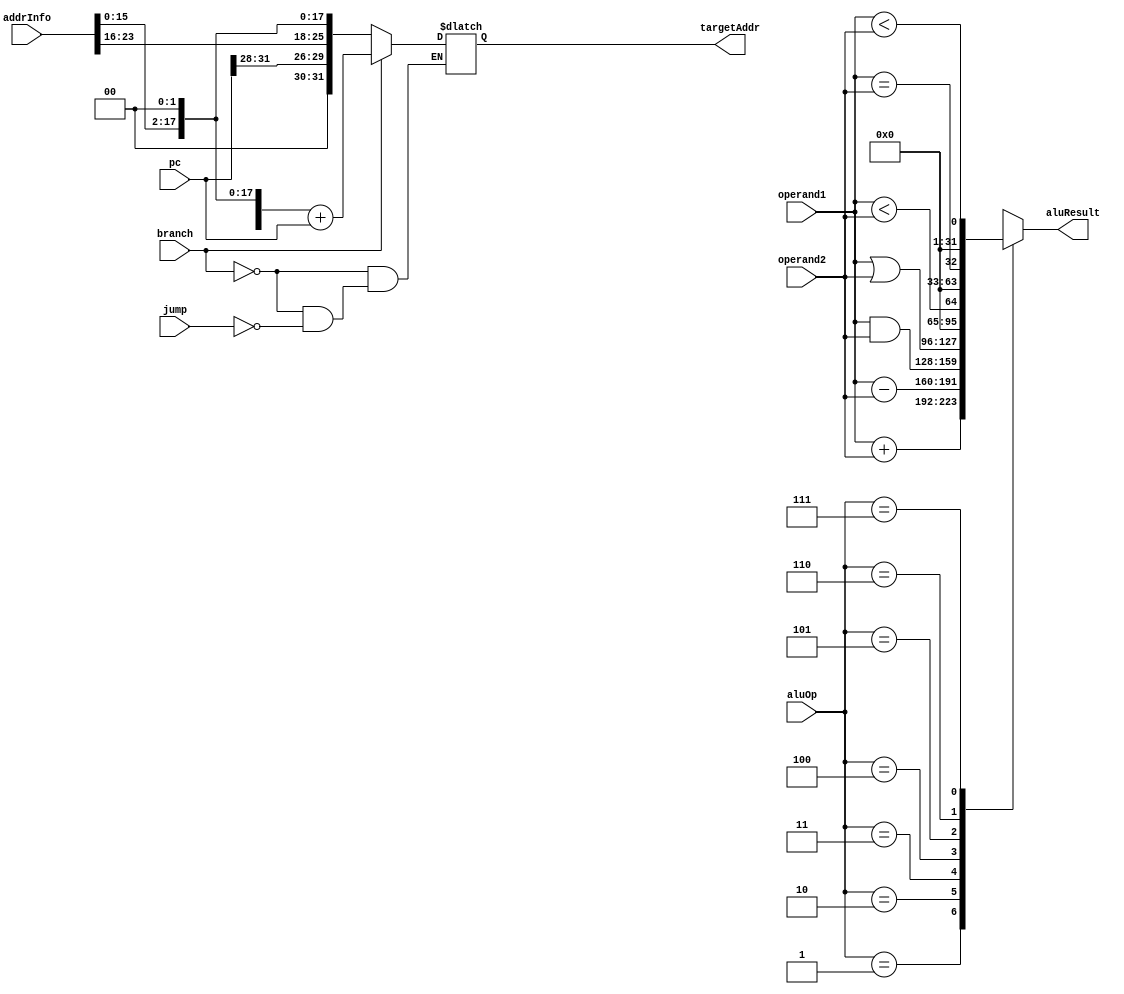
module alu(aluOp, operand1, operand2, jump, branch, pc, addrInfo, aluResult, targetAddr);

input wire  [31:0] operand1, operand2;
input wire [31:0] pc;
input wire [25:0] addrInfo;
input wire jump, branch;
input wire [2:0] aluOp;

output reg [31:0] aluResult, targetAddr;

   // Set "aluResult" to  the result of the ALU operation indicated by "aluOp".
   // Set "targetAddr" if either "branch" or "jump" signal is  set.
   
   // aluOP operations
   // 1: Add operands.
   // 2: Subtract operand2 from operand1.
   // 3: Bitwise AND of operands.
   // 4: Bitwise OR of operands.
   // 5: Output set to TRUE if operand1 is less than operand2 interpreted as unsigned integers; else set to FALSE.
   // 6: Output set to TRUE if operands are equal; else set to FALSE.
   // 7: Output set to TRUE if operand1 is less than operand2 interpreted as signed integers; else set to FALSE.
      
always @(*)
begin
	case (aluOp)
	3'h1:	aluResult = operand1 + operand2;
	3'h2:	aluResult = operand1 - operand2;
	3'h3:	aluResult = operand1 & operand2;
	3'h4:	aluResult = operand1 | operand2;
	3'h5:	aluResult = operand1 < operand2;
	3'h6:	aluResult = operand1 == operand2;
	3'h7:	aluResult = $signed(operand1) < $signed(operand2);
	default:	aluResult = 32'hx;
	endcase

   // Target Address for Branch
   //  Sign-extend the lower 16 bits of  "addrInfo", scale it by 4, and add to  "pc".  
if (branch == 1'b1)
	targetAddr = ({{16{addrInfo[15]} }, addrInfo[15:0] } << 2) + pc;

   // Target Address for Jump
   // The 26-bit "addrInfo" is scaled by 4 and concatenated to the 4 high-order bits of "pc". 
else if (jump == 1'b1)
	targetAddr = { pc[31:28], addrInfo << 2 };

end

endmodule